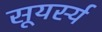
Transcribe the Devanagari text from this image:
सूयर्स्य